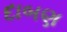
દાબણ